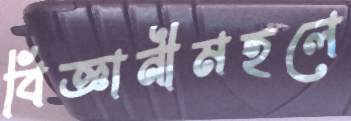
বিজ্ঞানীমহলে